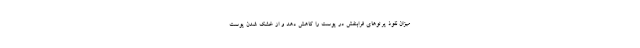
میزان نفوذ پرتوهای فرابنفش در پوست را کاهش دهد و از خشک شدن پوست